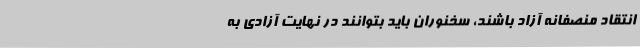
انتقاد منصفانه آزاد باشند، سخنوران باید بتوانند در نهایت آزادی به